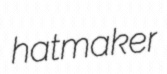
hatmaker